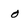
Character: 0